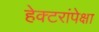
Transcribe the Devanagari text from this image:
हेक्टरांपेक्षा